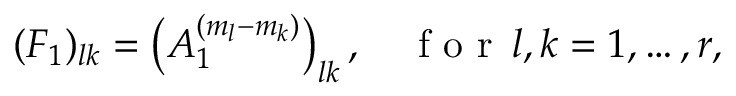
\begin{array} { r } { ( F _ { 1 } ) _ { l k } = \left( A _ { 1 } ^ { ( m _ { l } - m _ { k } ) } \right) _ { l k } , \quad \mathrm { ~ f ~ o ~ r ~ } \, l , k = 1 , \dots , r , } \end{array}